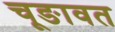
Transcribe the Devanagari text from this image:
चूङावत